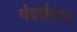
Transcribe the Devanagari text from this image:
चंद्रघंटा।